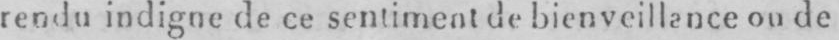
rendu indigne de ce sentiment de bienveillence on de